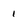
Character: 1